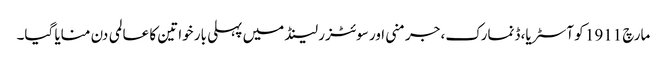
مارچ 1911 کو آسٹریا، ڈنمارک، جرمنی اور سوئٹزر لینڈ میں پہلی بار خواتین کا عالمی دن منایا گیا۔